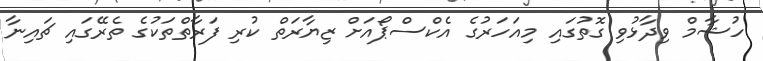
ހުޝާމް ވިދާޅުވި ގޮތުގައި މިއަހަރުގެ އެކްސްޕޯއަށް ޒިޔާރަތް ކުރި ފަރާތްތަކުގެ ތެރޭގައި ޗައިނާ